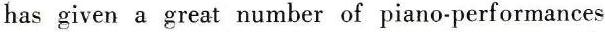
has given a great number of piano-performances